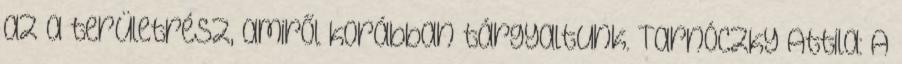
az a területrész, amiről korábban tárgyaltunk. Tarnóczky Attila: A